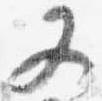
又